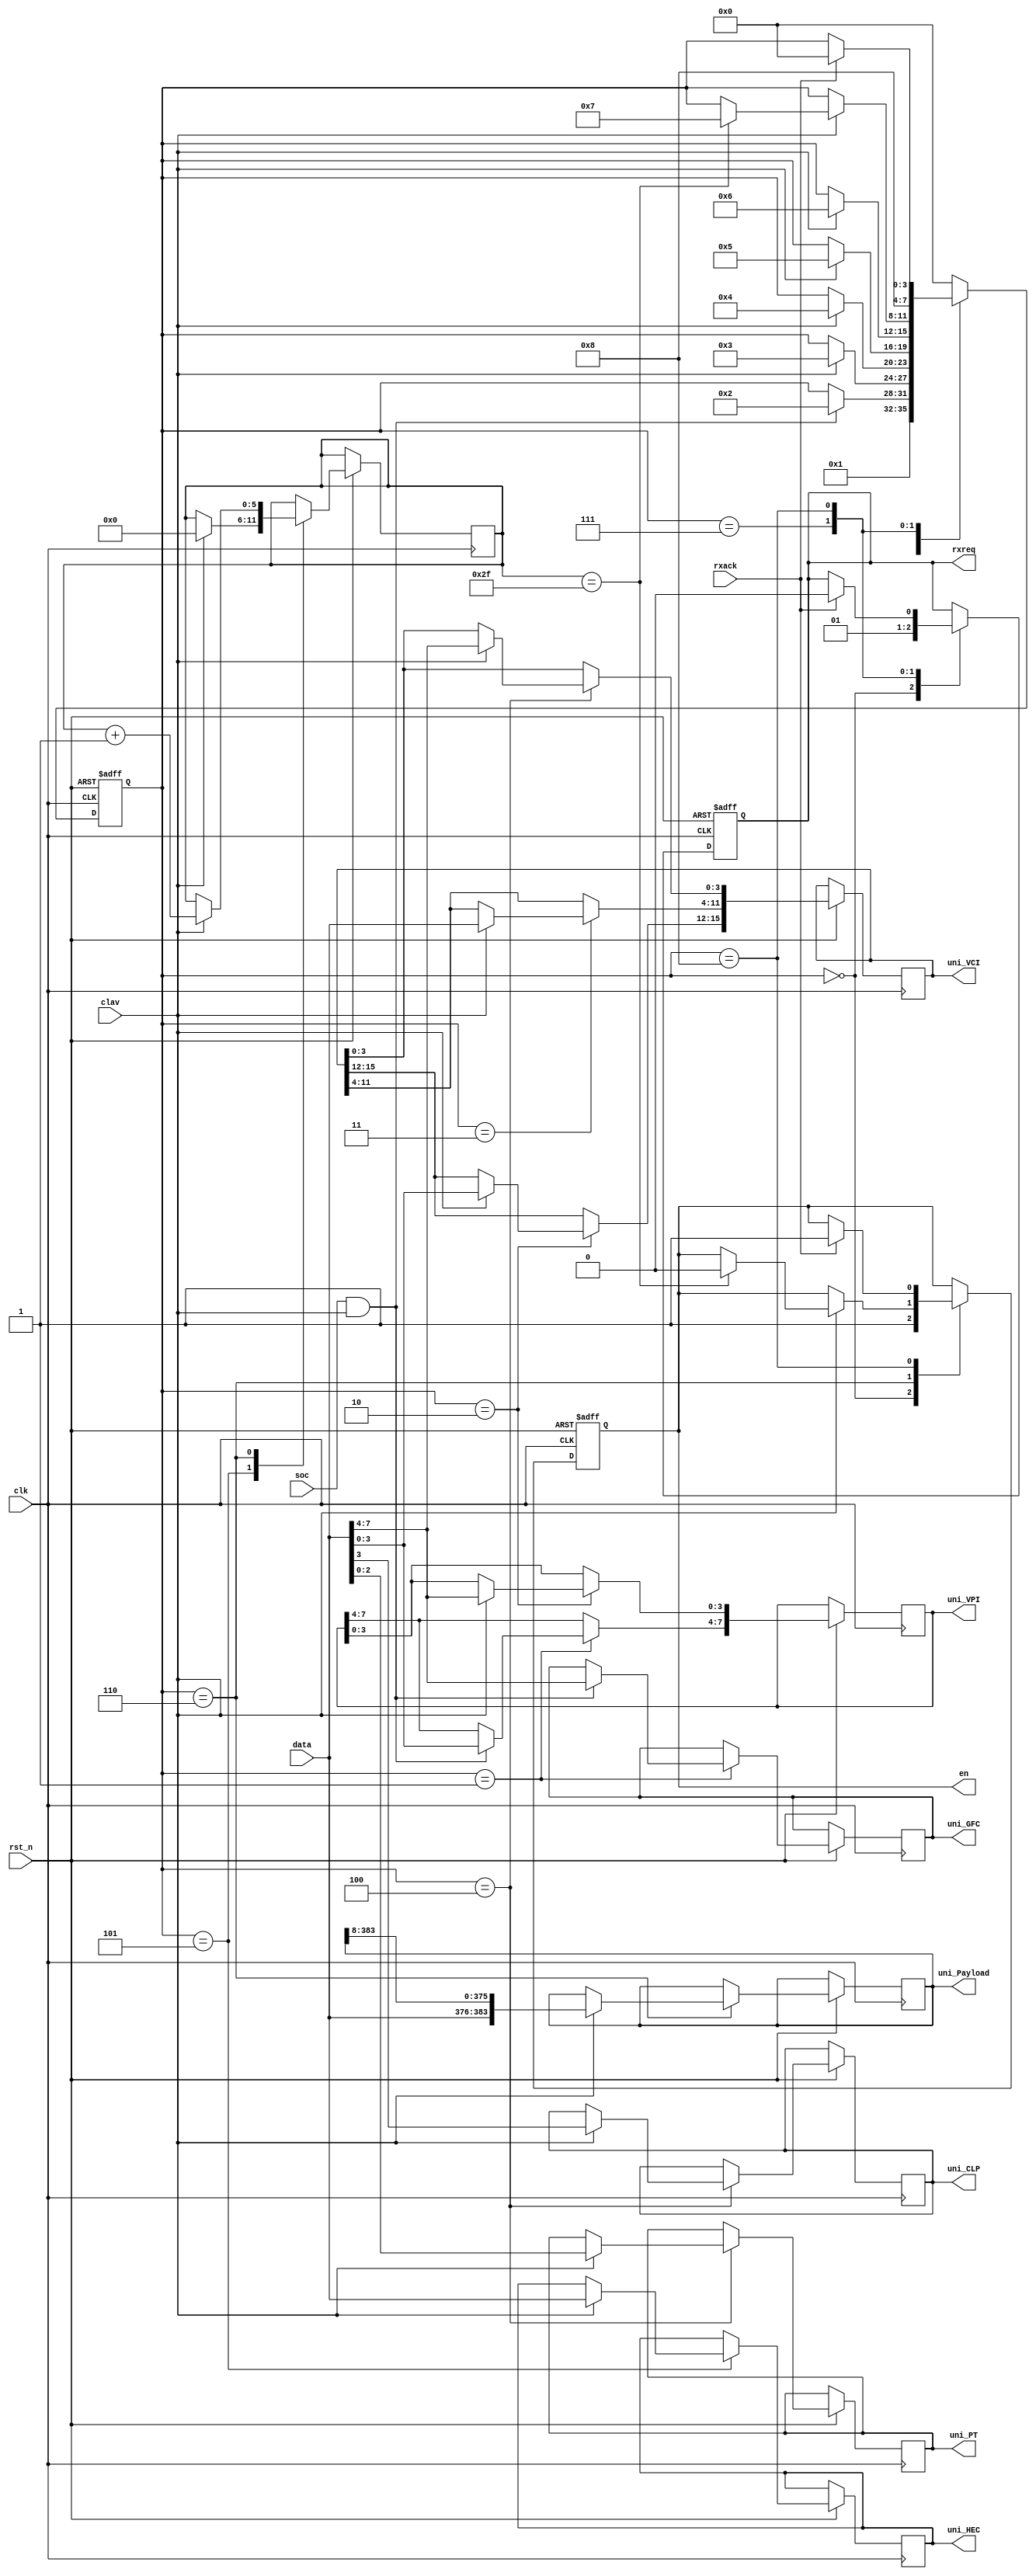

module utopia1_atm_rx(
                       clk            ,
					   rst_n          ,

                       soc            ,
					   data           ,
					   clav           ,
					   en             ,

					   rxreq          ,
					   rxack          ,
					   uni_GFC        ,
					   uni_VPI        ,
					   uni_VCI        ,
					   uni_CLP        ,
					   uni_PT         ,
					   uni_HEC        ,
					   uni_Payload

                      );

input                  clk                ;
input                  rst_n              ;

input                  soc                ;
input      [7:0]       data               ;
input                  clav               ;
output                 en                 ;

output                 rxreq              ;
input                  rxack              ;

output     [3:0]       uni_GFC            ;
output     [7:0]       uni_VPI            ;
output     [15:0]      uni_VCI            ;
output                 uni_CLP            ;
output     [2:0]       uni_PT             ;
output     [7:0]       uni_HEC            ;
output     [8*48-1:0]  uni_Payload        ;

///////////////////////////////////////////////////

reg        [3:0]       uni_GFC            ;
reg        [7:0]       uni_VPI            ;
reg        [15:0]      uni_VCI            ;
reg                    uni_CLP            ;
reg        [2:0]       uni_PT             ;
reg        [7:0]       uni_HEC            ;
reg        [8*48-1:0]  uni_Payload        ;

///////////////////////////////////////////////////

reg        [5:0]       PayloadIndex   ;

///////////////////////////////////////////////////

parameter              reset      = 4'h0   ,
                       soc_frm    = 4'h1   ,
					   vpi_vci    = 4'h2   ,
					   vci        = 4'h3   ,
					   vci_clp_pt = 4'h4   ,
					   hec        = 4'h5   ,
					   payload    = 4'h6   ,
					   req        = 4'h7   ,
					   ack        = 4'h8   ;

reg    [3:0]           UtopiaStatus ;
reg                    rxreq        ;
reg                    en           ;

  always @(posedge clk, negedge rst_n)
    if (~rst_n) begin
      rxreq          <= 0;
      en             <= 0;
      UtopiaStatus   <= reset;
    end
    else begin
      case (UtopiaStatus)
        reset       :  begin
                          rxreq         <= 0    ;
                          UtopiaStatus  <= soc_frm  ;
                          en            <= 1    ;
                       end
        soc_frm         :  if (soc && clav) begin
                          {uni_GFC,
                           uni_VPI[7:4]} <= data;
                           UtopiaStatus  <= vpi_vci;
                           //Rx.en <= 0;
                       end
        vpi_vci     :  if (clav) begin
                          {uni_VPI[3:0],
                           uni_VCI[15:12]} <= data;
                           UtopiaStatus    <= vci;
                       end
        vci         :  if (clav) begin
                          uni_VCI[11:4]    <= data;
                          UtopiaStatus     <= vci_clp_pt;
                       end
        vci_clp_pt  : if (clav) begin
                         {uni_VCI[3:0], uni_CLP,
                          uni_PT}          <= data    ;
                          UtopiaStatus     <= hec     ;
                      end
        hec         : if (clav) begin
                          uni_HEC          <= data    ;
                          UtopiaStatus     <= payload ;
                          PayloadIndex     <= 0       ;
                      end
        payload     : if (clav) begin
                          //uni_Payload[PayloadIndex*8 +7:PayloadIndex*8] <= data;
                          uni_Payload <= {data,uni_Payload[48*8-1:8]};
                          if (PayloadIndex==47) begin
                              UtopiaStatus <= req;
                              en <= 0;
                          end
                          PayloadIndex <= PayloadIndex + 1;
                      end
        req         : begin
                         UtopiaStatus <= ack   ;
			             rxreq        <= 1     ;
	                  end
        ack         : if(rxack) begin
		                 UtopiaStatus <= reset ;
				             rxreq        <= 0     ;
                     en        <= 1     ;
		       end
        default     : UtopiaStatus <= reset;
      endcase
    end



endmodule